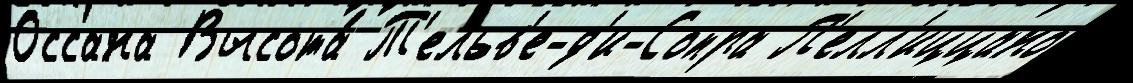
Оссана Высота́ Т'ельв'е-д'и-Сопра П'елл'иццано